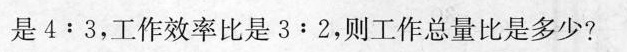
是$$4 : 3$$，工作效率比是$$3 : 2$$，则工作总量比是多少?